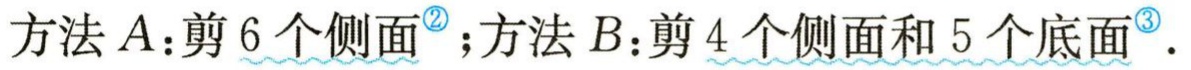
方法 \(A\)：剪 \(6\) 个侧面\(^{\textcircled{2}}\)；方法 \(B\)：剪 \(4\) 个侧面和 \(5\) 个底面\(^{\textcircled{3}}\) .